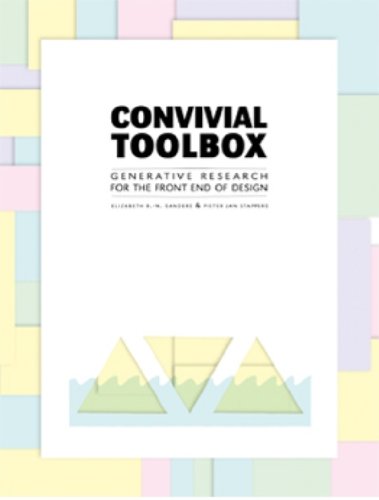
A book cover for Convivial Toolbox: Generative Research for the Front End of Design; Liz Sanders; Medical Books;